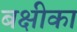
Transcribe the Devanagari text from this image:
बक्षीका